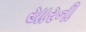
યારની